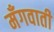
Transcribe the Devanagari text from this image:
मँगवाती